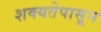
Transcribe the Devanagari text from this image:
शक्यतेपासून